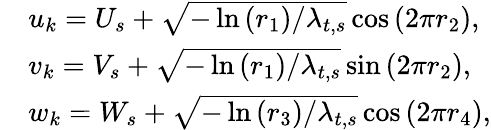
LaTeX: \begin{array}{rl}&{u_{k}=U_{s}+\sqrt{-\ln\left(r_{1}\right)/\lambda_{t,s}}\cos\left(2\pi r_{2}\right),}\\ &{v_{k}=V_{s}+\sqrt{-\ln\left(r_{1}\right)/\lambda_{t,s}}\sin\left(2\pi r_{2}\right),}\\ &{w_{k}=W_{s}+\sqrt{-\ln\left(r_{3}\right)/\lambda_{t,s}}\cos\left(2\pi r_{4}\right),}\end{array}